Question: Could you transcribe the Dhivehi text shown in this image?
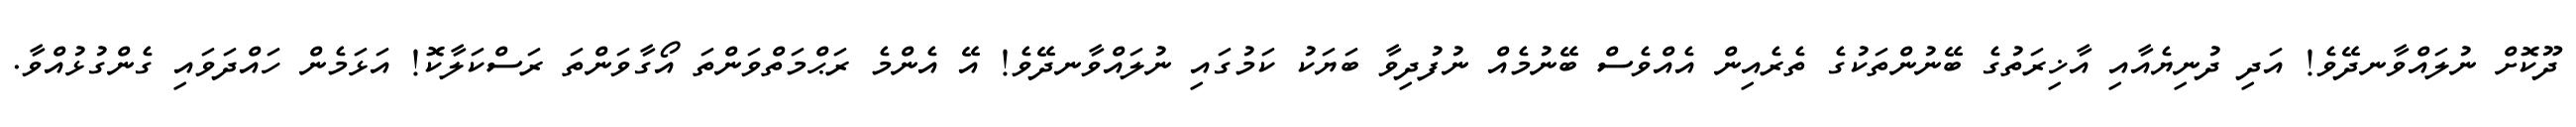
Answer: ދޫކޮށް ނުލައްވާނދޭވެ! އަދި ދުނިޔެއާއި އާޚިރަތުގެ ބޭނުންތަކުގެ ތެރެއިން އެއްވެސް ބޭނުމެއް ނުފުދިވާ ބަޔަކު ކަމުގައި ނުލައްވާނދޭވެ! އޭ އެންމެ ރަޙްމަތްވަންތަ އޯގާވަންތަ ރަސްކަލާކޮ! އަޅަމެން ހައްދަވައި ގެންގުޅުއްވާ.